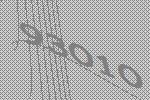
93010